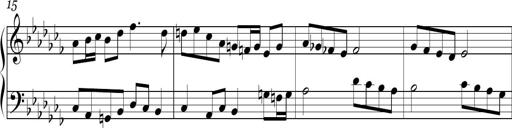
Title: Ten Piano Sonatinas
Composer: Andreas Sain